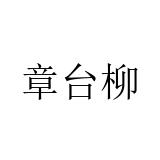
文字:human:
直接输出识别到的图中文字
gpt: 章台柳